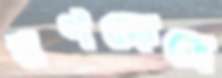
রণক্ষেত্রে